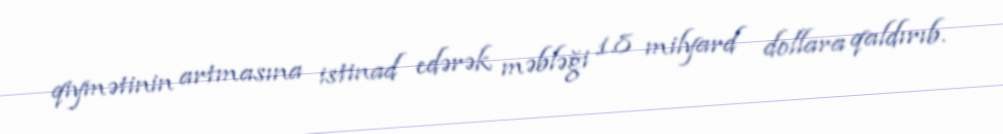
qiymətinin artmasına istinad edərək məbləği 1.8 milyard dollara qaldırıb.